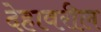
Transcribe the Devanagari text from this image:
देहावरील